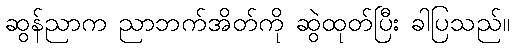
ဆွန်ညာက ညာဘက်အိတ်ကို ဆွဲထုတ်ပြီး ခါပြသည်။